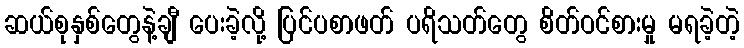
ဆယ်စုနှစ်တွေနဲ့ချီ ပေးခဲ့လို့ ပြင်ပစာဖတ် ပရိသတ်တွေ စိတ်ဝင်စားမှု မရခဲ့တဲ့